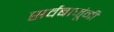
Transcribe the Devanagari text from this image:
सर्वबाजूंनी